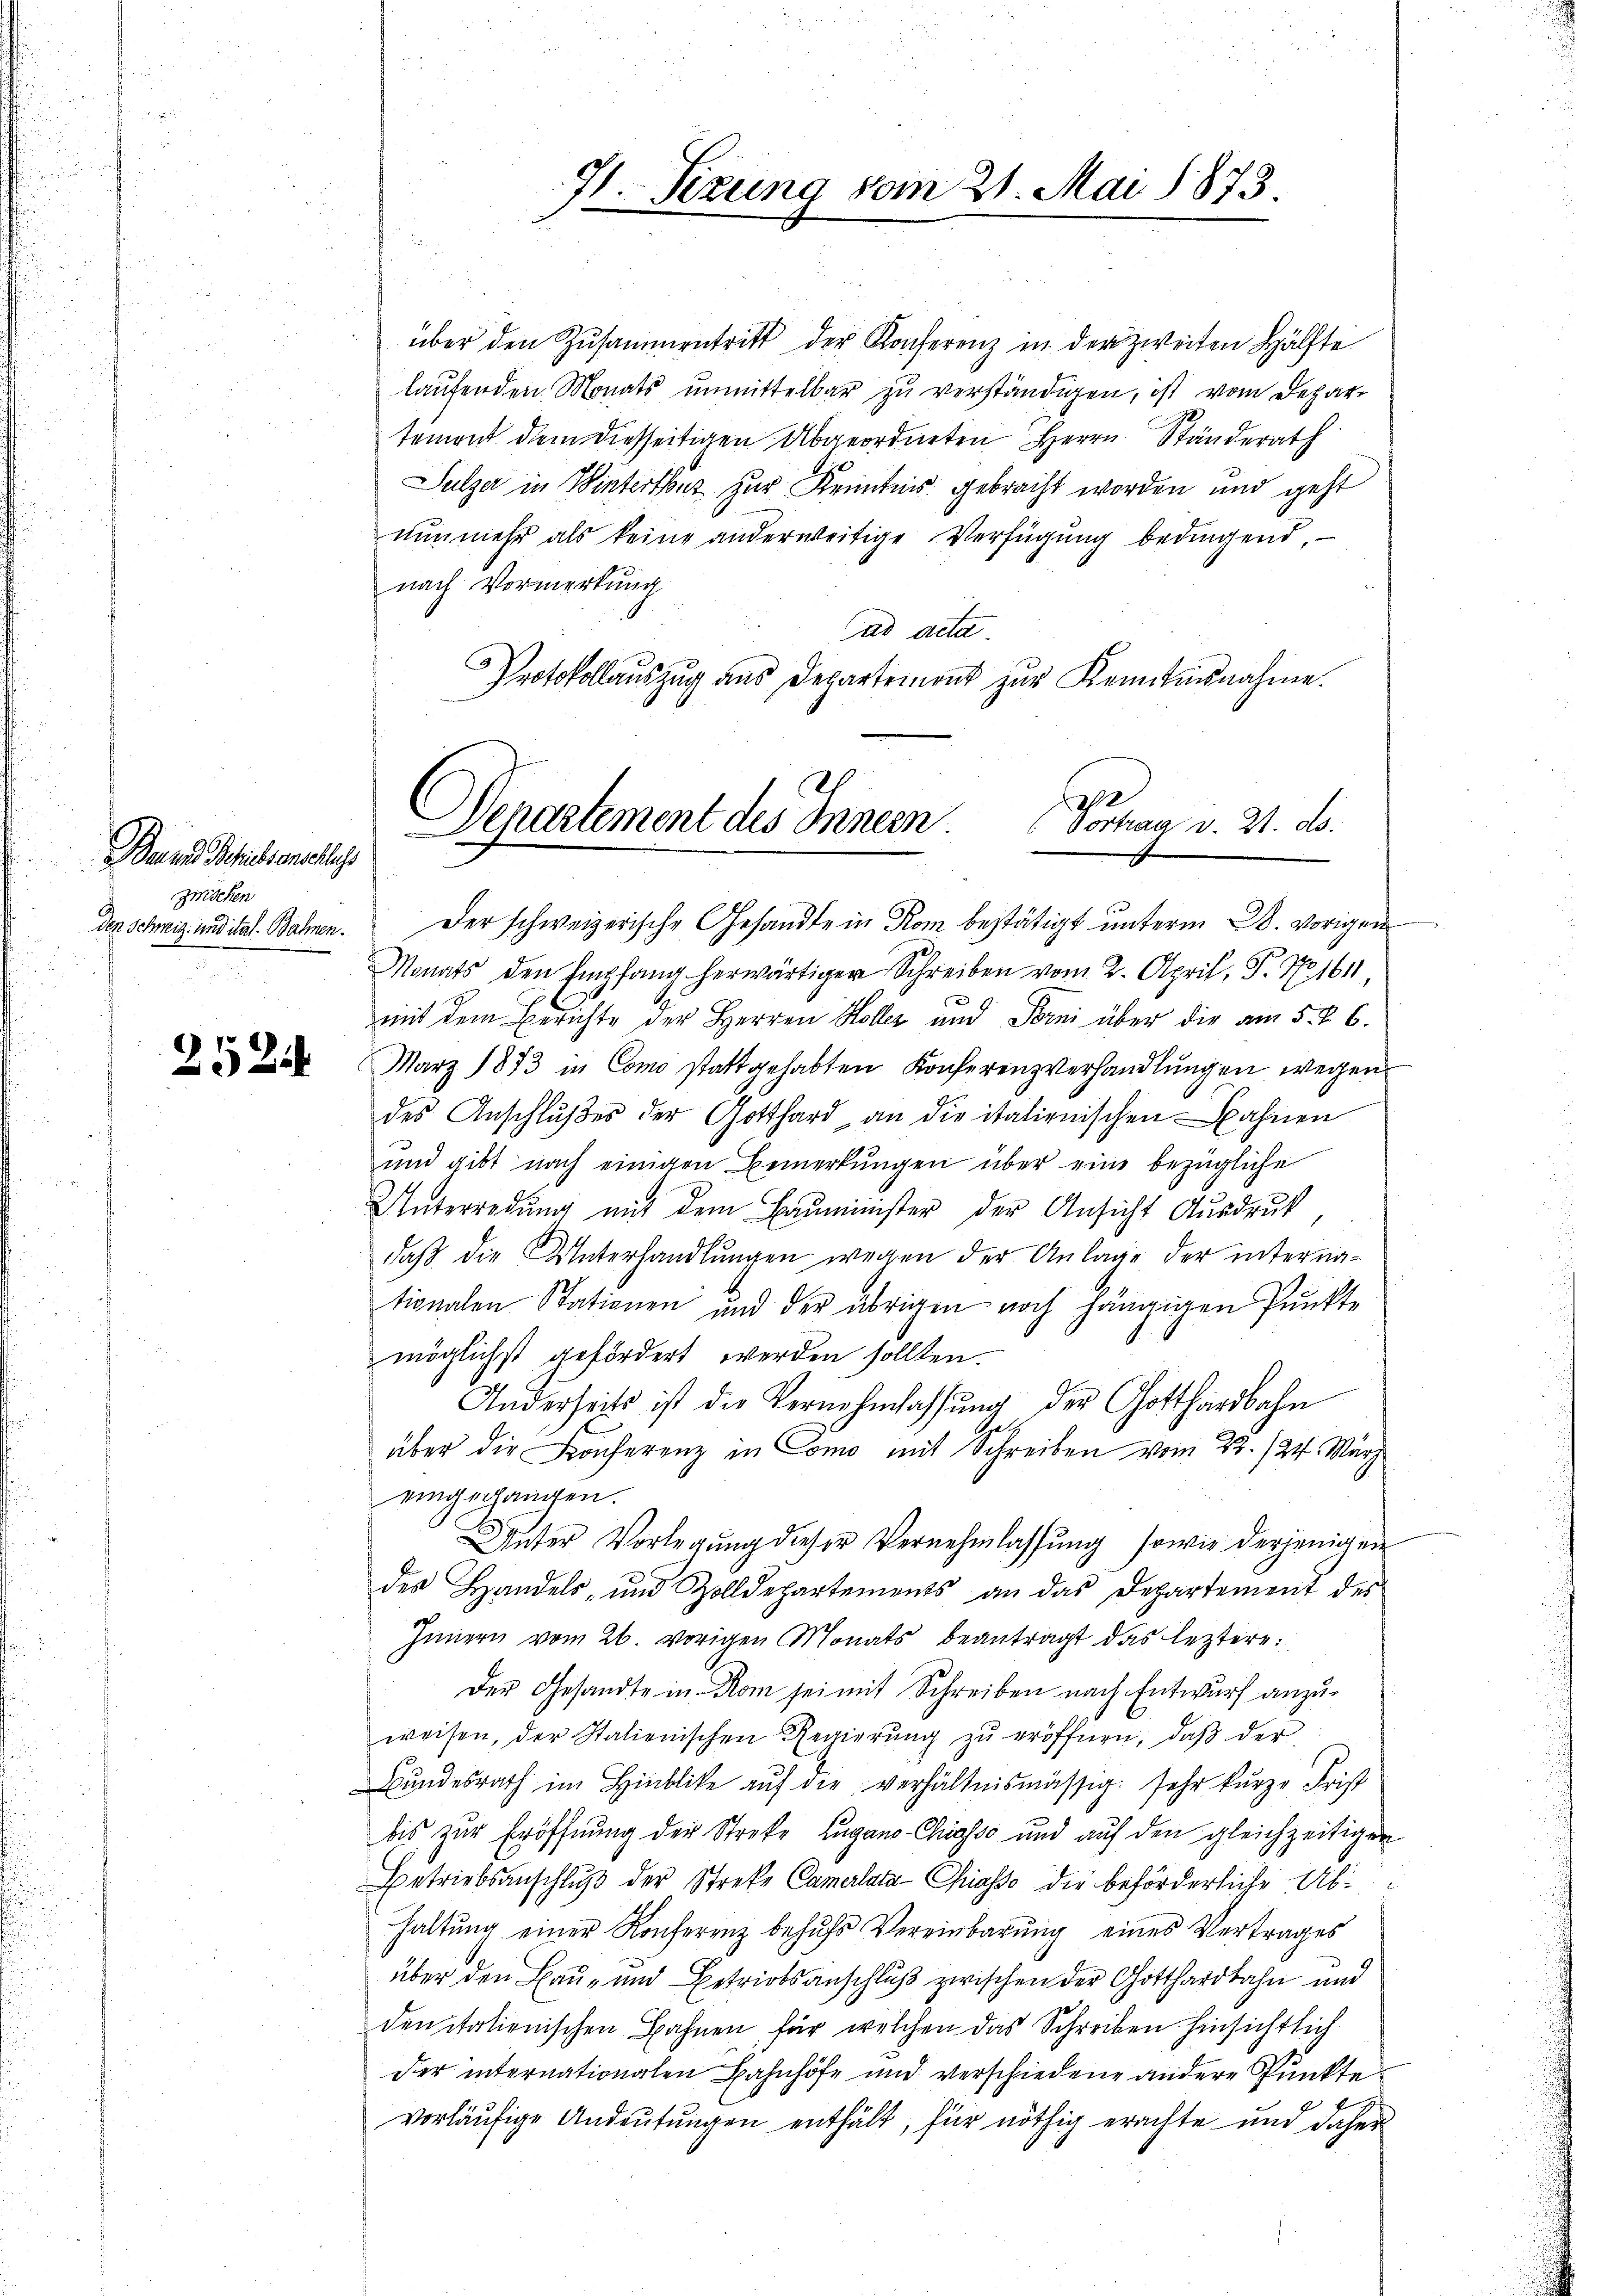
Der zu Schiessenschlachs
zwischen
den Schweiz und ital. Bahnen.

252

über den Zusammentritt der Konferenz in der zweiten Hälfte
laufenden Monats unmittelbar zu verständigen, ist vom Departemont dem diesseitigen Abgeordneten Herrn Ständerath
Sulzer in Winterthur zur Kenntnis gebracht worden und geht
nŭnmehr als keine anderweitige Verfügŭng bedingend,
nach Vormerkung
ad acta.
Protokollauszug aus Departemont zur Kenntnisnahme.
Monats den Empfang herwärtiger Schreiben vom 2. April, P. Nr. 1611,
mmit dem Berichte der Herren Holler und Torni über die am 5. 6.
März 1873 in Como stattgehabten Konferenzverhandlungen wegen
des Anschlußes der Gotthard an die italienischen Bahnen
und gibt nach einigen Bemerkungen über eine bezügliche
Unterredung mit dem Bauminister der Ansicht Ausdruck
daß die Unterhandlungen wegen der Anlage der internationalen Stationen und der übrigen noch hängigen Punkte
möglichst gefördert werden sollten.
Anderseits ist die Vernehmlassŭng der Gotthardbahn
über die Konferenz in Como mit Schreiben vom 22./24. März
eingegangen.
Unter Vorlegung dieser Vernehmlassung sowie derjenigen
des Handels- und Zolldepartements an das Departement der
Innern vom 26. vorigen Monats beantragt das leztere
Der Gesandte in Rom sei mit Schreiben nach Entwurf anzuweisen, der Italienischen Regierŭng zŭ eröffnen, daß der
Bundesrath im Hinblicke auf die verhältnismässig sehr kurze Frist
bis zur Eröffnung der Streke Lugano-Chiasso und aŭf den gleichzeitigen
Betriebsanschlŭβ der Streke Camerlata-Chiasso die beförderliche Ab¬
Haltung einer Konferenz behufs Vereinbarung eines Vertrages
über den Bau- und Betriebsanschluß zwischen der Gotthardbahn und
den italienischen Bahnen für welchen das Schreiben hinsichtlich
der internationalen Bahnhöfe und verschiedene andere Punkte
vorläufige Andeutungen enthält, für nöthig erachte und daher

71. Setzung vom 21. Mai 1873.

Departement des Innern. Vortrag v. 21. ds.
Der schweizerische Gesandte in Rom bestätigt unterm 28. vorigen